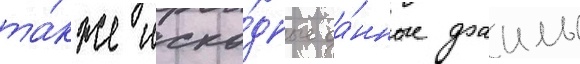
та́кже исхо́дные да́нные фаилы